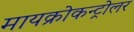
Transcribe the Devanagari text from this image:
मायक्रोकन्ट्रोलर